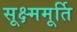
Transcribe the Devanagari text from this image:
सूक्ष्ममूर्ति